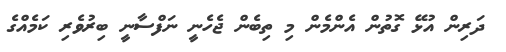
ދަރިން އުޅޭ ގޮތުން އެންމެން މި ތިބެން ޖެހެނީ ނަފްސާނީ ބިރުވެރި ކަމެއްގެ